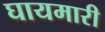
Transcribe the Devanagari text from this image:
घायमारी